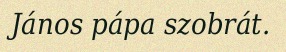
János pápa szobrát.